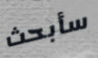
سأبحث